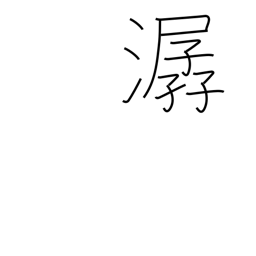
Meaning: sound of flowing water